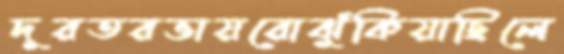
দূরতরভায়রোঝুঁকিয়াছিলে